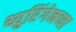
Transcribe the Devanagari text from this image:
थ्युरिंगेनच्या